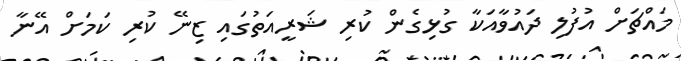
މައްޗަށް އުފުލި ދައުވާއަކާ ގުޅިގެން ކުރި ޝަރީއަތުގައި ޒިނޭ ކުރި ކަމަށް އޭނާ